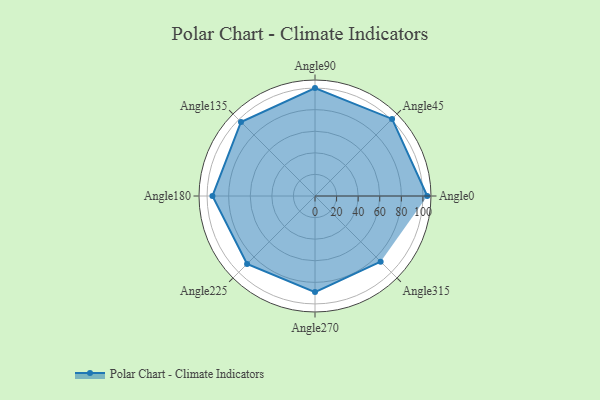
{"axis": {"x": "Angle", "y": "Radius"}, "legend": [""], "data": [{"x": "Angle0", "y": 104.0, "type": ""}, {"x": "Angle45", "y": 101.0, "type": ""}, {"x": "Angle90", "y": 100.0, "type": ""}, {"x": "Angle135", "y": 97.0, "type": ""}, {"x": "Angle180", "y": 95.0, "type": ""}, {"x": "Angle225", "y": 89.0, "type": ""}, {"x": "Angle270", "y": 89.0, "type": ""}, {"x": "Angle315", "y": 86.0, "type": ""}]}